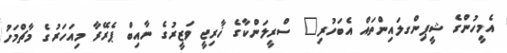
އެމީހުންގެ ޝީޕިންގލައިންތައް އެބަހުރި" ސްރީލަންކާގެ ޚާރިޖީ ވަޒީރުގެ ނާއިބް ޕެރޭރާ މިއަހަރުގެ މާޗްމަހު